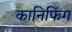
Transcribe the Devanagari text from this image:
कानिफिंग